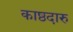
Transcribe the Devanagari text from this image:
काष्ठदारु